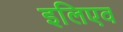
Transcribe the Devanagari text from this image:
इलिएव